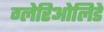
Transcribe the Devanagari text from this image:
ग्लेरिओलिडे